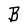
Character: B